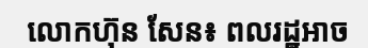
លោកហ៊ុន សែន៖ ពលរដ្ឋអាច